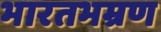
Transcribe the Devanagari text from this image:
भारतभम्रण